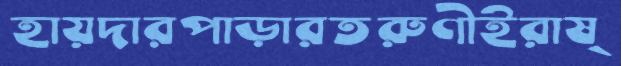
হায়দারপাড়ারতরুণীইরাষ্